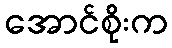
အောင်စိုးက